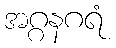
အဂ္ဂနဂရံ